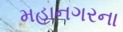
મહાનગરના